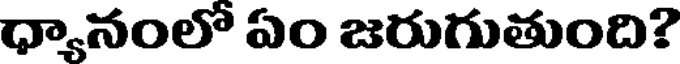
ధ్యానంలో ఏం జరుగుతుంది?